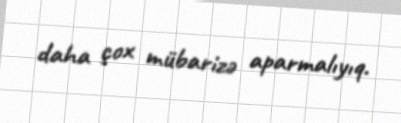
daha çox mübarizə aparmalıyıq.